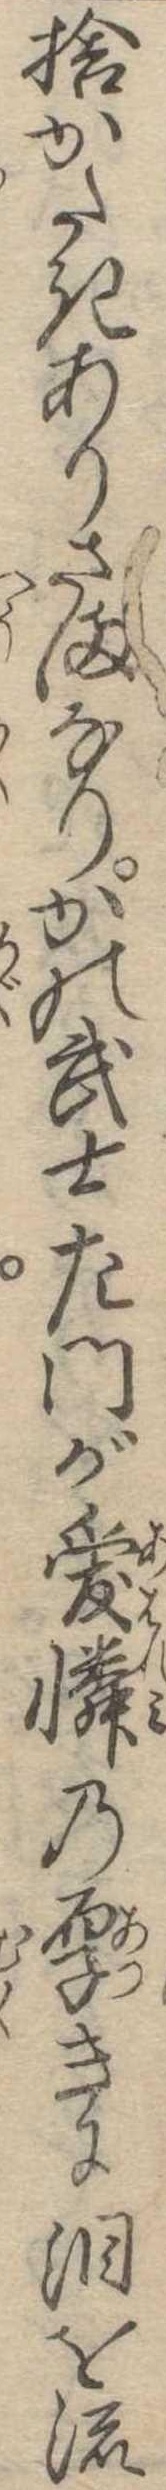
捨がたきありさまなりかの武士左門が愛憐の厚きに涙を流